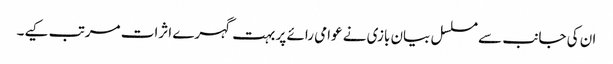
ان کی جانب سے مسلسل بیان بازی نے عوامی رائے پر بہت گہرے اثرات مرتب کیے۔